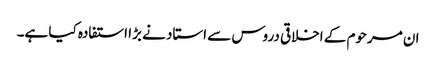
ان مرحوم کے اخلاقی دروس سے استاد نے بڑا استفادہ کیا ہے۔